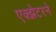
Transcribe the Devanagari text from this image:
एक्झेटरने